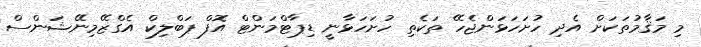
މި މަޤާމުތަކަށް އެދި ހުށަހަޅަންޖެހޭ ތަކެތި ހުށަހަޅާނީ ޑިޕާޓްމަންޓް އޮފް ޕަބްލިކް އެގްޒޭމިނޭޝަންސް